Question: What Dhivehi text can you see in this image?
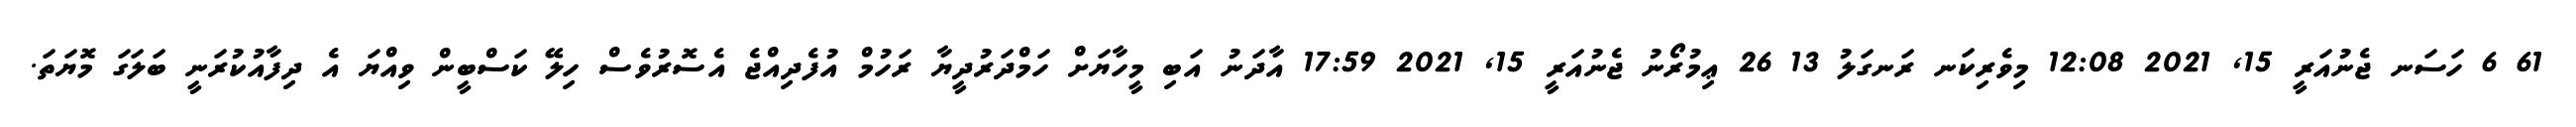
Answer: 61 6 ހަސަނ ޖެނުއަރީ 15, 2021 12:08 މިވެރިކަނ ރަނގަލު 13 26 ޢިމުރޯނު ޖެނުއަރީ 15, 2021 17:59 އާދަނު އަބި މީހާޔަށް ހަމްދަރުދީޔާ ރަހުމް އުފެދިއްޖެ އެސޮރުވެސް ހިލޭ ކަސްބީން ވިއްޔަ އެ ދިފާއުކުރަނީ ބަލަގަ މޮޔަތަ.